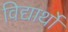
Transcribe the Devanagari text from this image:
विद्यार्थों